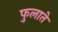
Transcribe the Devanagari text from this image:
फुलाते